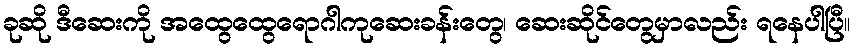
ခုဆို ဒီဆေးကို အထွေထွေရောဂါကုဆေးခန်းတွေ၊ ဆေးဆိုင်တွေမှာလည်း ရနေပါပြီ။